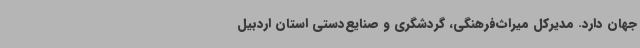
جهان دارد. مدیرکل میراث‌فرهنگی، گردشگری و صنایع‌دستی استان اردبیل